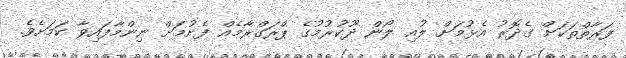
ފަރާތްތަކަށް ގެދޮރު އެޅުމަށް ލުއި ލޯން ދޫކުރުމުގެ ޕްރަގްރާމެއް ފެށުމަށް ނިންމާފައިވާ ކަމަށެވެ.